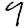
Digit: 9